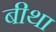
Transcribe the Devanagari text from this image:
बीथा